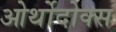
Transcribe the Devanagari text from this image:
ओर्थोदोक्स